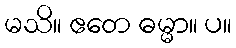
မသိ။ ဧတေ ဓမ္မာ။ ပ။